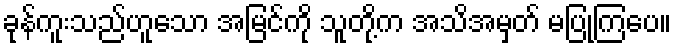
ခုန်ကူးသည်ဟူသော အမြင်ကို သူတို့က အသိအမှတ် မပြုကြပေ။